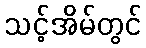
သင့်အိမ်တွင်